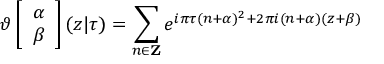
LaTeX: \vartheta \left[ \begin{array} { c } { { \alpha } } \\ { { \beta } } \end{array} \right] ( z | \tau ) = \sum _ { n \in { \bf Z } } e ^ { i \pi \tau ( n + \alpha ) ^ { 2 } + 2 \pi i ( n + \alpha ) ( z + \beta ) }